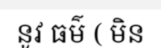
នូវ ធម៌ ( មិន